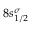
8 s _ { 1 / 2 } ^ { \sigma }